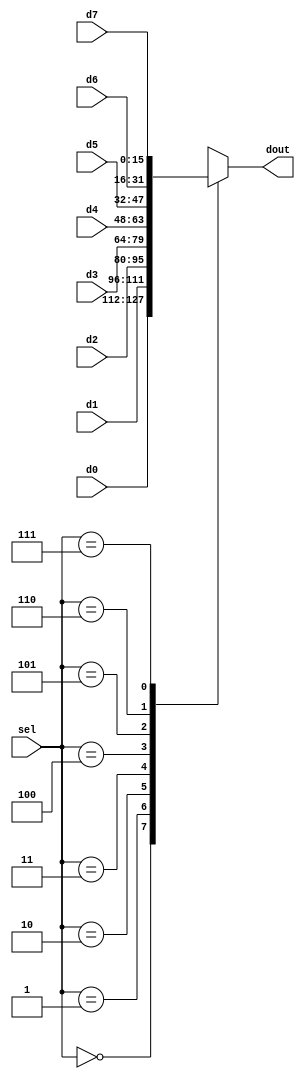

module ch_mux
  (
   input [15:0] d0,
   input [15:0] d1,
   input [15:0] d2,
   input [15:0] d3,
   input [15:0] d4,
   input [15:0] d5,
   input [15:0] d6,
   input [15:0] d7,
   output reg [15:0] dout,
   input [2:0] sel
   );

   
   always @(*)
     case(sel)
       3'd0: dout <= d0;
       3'd1: dout <= d1;
       3'd2: dout <= d2;
       3'd3: dout <= d3;
       3'd4: dout <= d4;
       3'd5: dout <= d5;
       3'd6: dout <= d6;
       3'd7: dout <= d7;
     endcase
endmodule // mux8to1